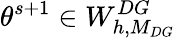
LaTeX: \theta^{s+1}\in W_{h,M_{DG}}^{DG}